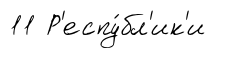
11 Р'еспу́бл'ик'и